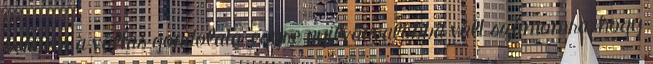
bennem a váltás gondolata, egyre nyilvánvalóbbá vált számomra, hogy